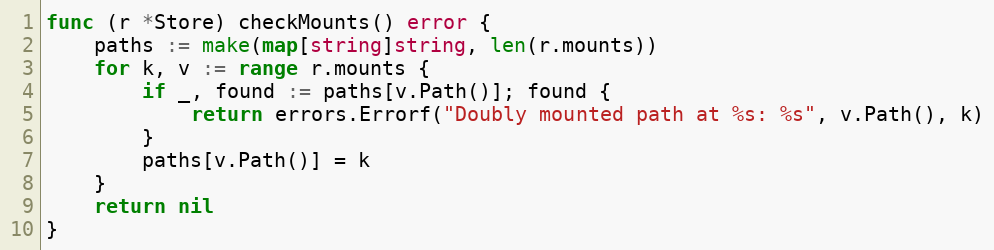
Language: Go
func (r *Store) checkMounts() error {
	paths := make(map[string]string, len(r.mounts))
	for k, v := range r.mounts {
		if _, found := paths[v.Path()]; found {
			return errors.Errorf("Doubly mounted path at %s: %s", v.Path(), k)
		}
		paths[v.Path()] = k
	}
	return nil
}